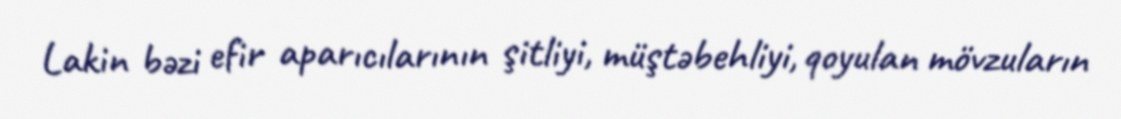
Lakin bəzi efir aparıcılarının şitliyi, müştəbehliyi, qoyulan mövzuların